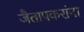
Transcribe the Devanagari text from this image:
जैतापकरांना